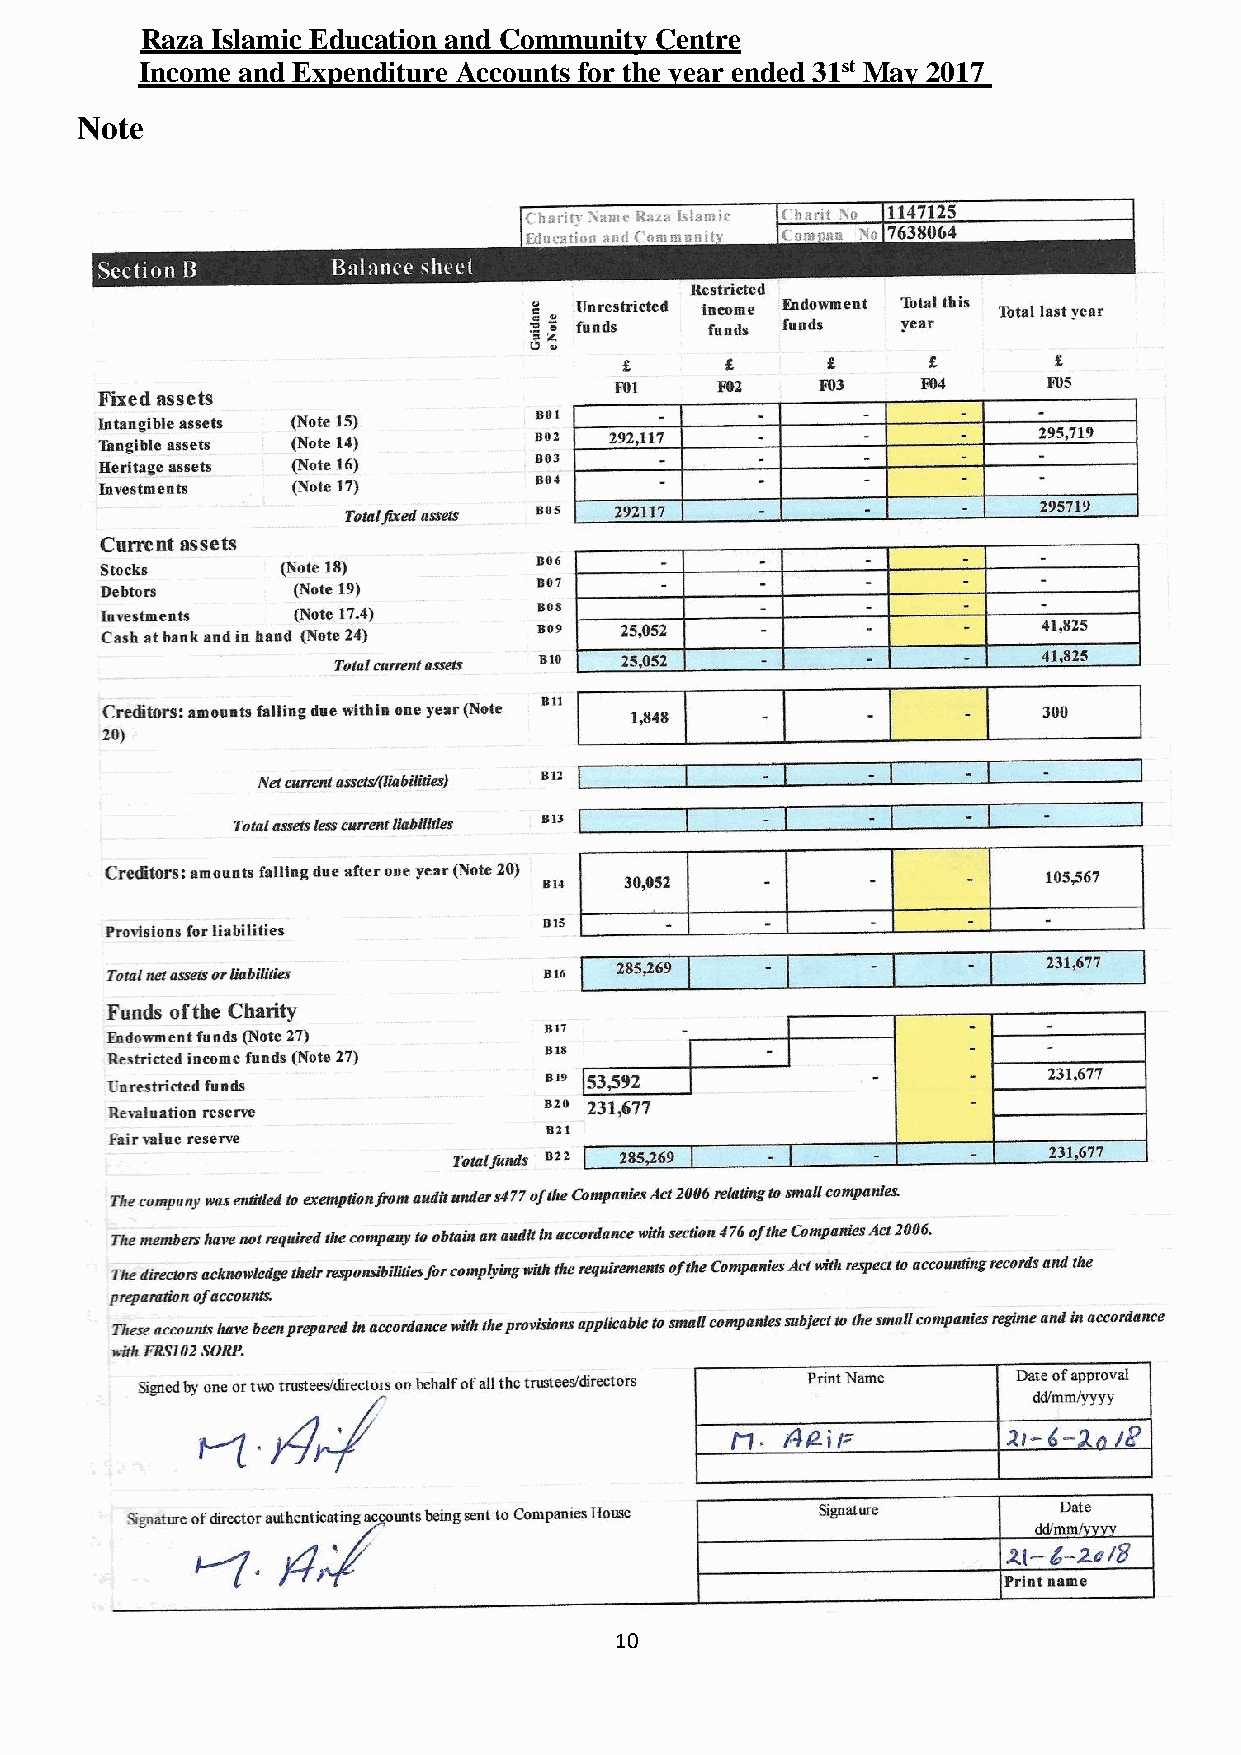
Raza Islamic Education and Community Centre
 Income and Expenditure Accounts for the year ended 31st May 2017
 Note
 10